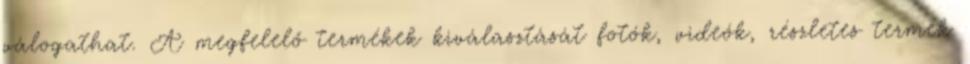
válogathat. A megfelelő termékek kiválasztását fotók, videók, részletes termék